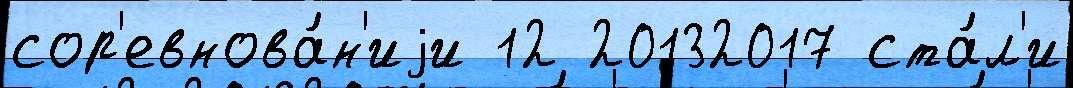
сор'евнова́н'иjи 12 20132017 ста́л'и